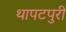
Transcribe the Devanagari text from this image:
थापटपुरी